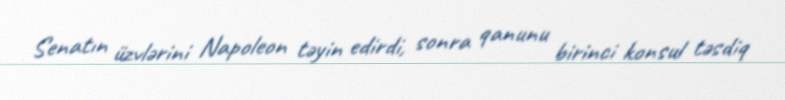
Senatın üzvlərini Napoleon təyin edirdi, sonra qanunu birinci konsul təsdiq